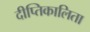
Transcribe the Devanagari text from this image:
दीप्तिकालिता